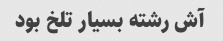
آش رشته بسیار تلخ بود